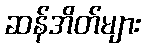
ဆန်အိတ်များ